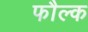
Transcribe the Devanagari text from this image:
फौल्क